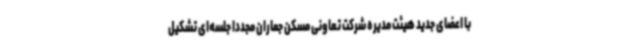
با اعضای جدید هیئت مدیره شرکت تعاونی مسکن جماران مجددا جلسه‌ای تشکیل